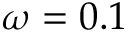
\omega = 0 . 1